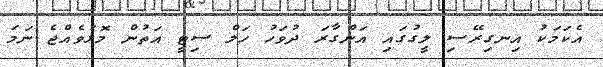
އެކަަމަކު އިނގިރޭސި ލީގުގައި އަންގާރަ ދުވަހު ހަލް ސިޓީ އަތުން މޮޅުވެއްޖެ ނަަމަ